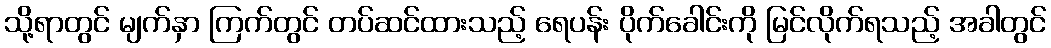
သို့ရာတွင် မျက်နှာ ကြက်တွင် တပ်ဆင်ထားသည့် ရေပန်း ပိုက်ခေါင်းကို မြင်လိုက်ရသည့် အခါတွင်